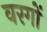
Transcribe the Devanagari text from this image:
वरगों